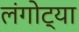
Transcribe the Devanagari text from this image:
लंगोट्या